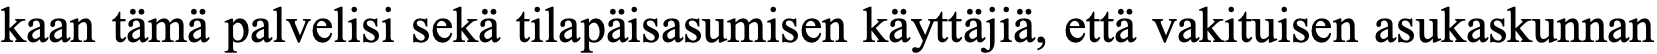
kaan tämä palvelisi sekä tilapäisasumisen käyttäjiä, että vakituisen asukaskunnan